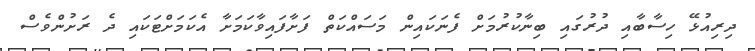
ދިރިއުޅޭ ހިސާބާއި ދުރުގައި ބިނާކުރުމަށް ފެނަކައިން މަސައްކަތް ފަށާފައިވާކަމަށާ އެކަމަށްޓަކައި ދެ ރަށުންވެސް